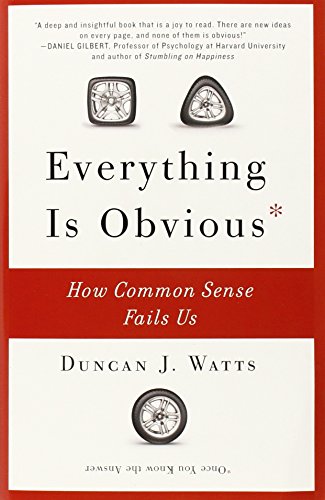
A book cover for Everything Is Obvious: How Common Sense Fails Us; Duncan J. Watts; Medical Books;